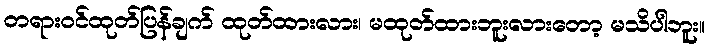
တရားဝင်ထုတ်ပြန်ချက် ထုတ်ထားလား၊ မထုတ်ထားဘူးလားတော့ မသိပါဘူး။